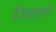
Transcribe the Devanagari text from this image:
रियाकारी